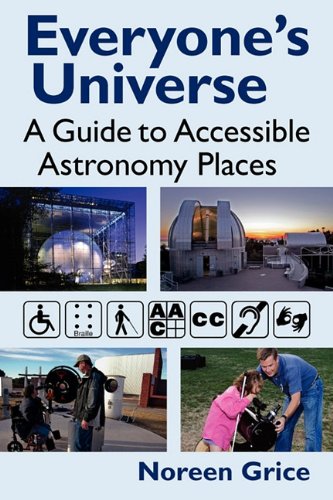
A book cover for Everyone's Universe: A Guide to Accessible Astronomy Places; Noreen A Grice; Travel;